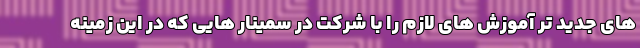
های جدید تر آموزش های لازم را با شرکت در سمینار هایی که در این زمینه